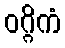
ဝဂ္ဂိကံ